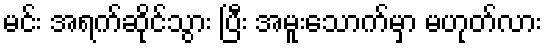
မင်း အရက်ဆိုင်သွား ပြီး အမူးသောက်မှာ မဟုတ်လား